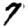
Digit: 7